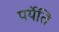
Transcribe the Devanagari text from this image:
पर्येति